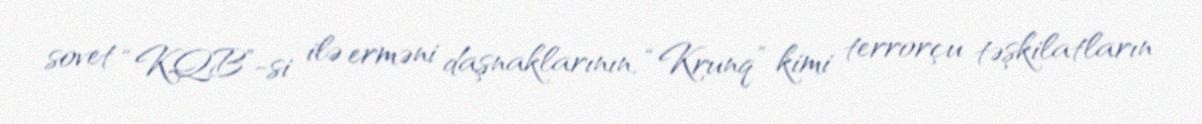
sovet “KQB”-si ilə erməni daşnaklarının, “Krunq” kimi terrorçu təşkilatların